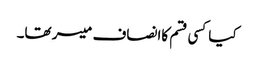
کیاکسی قسم کاانصاف میسر تھا۔